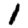
Digit: 1